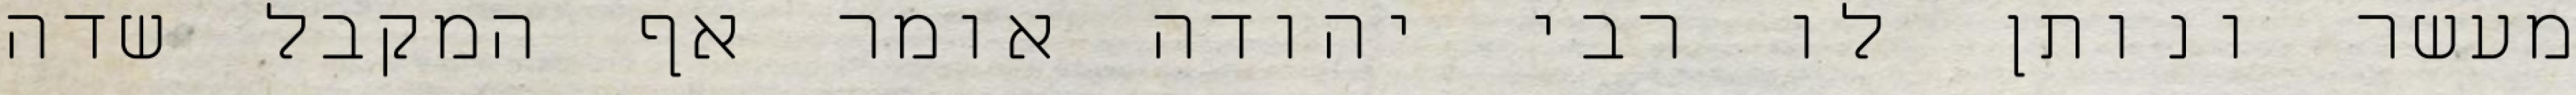
מעשר ונותן לו רבי יהודה אומר אף המקבל שדה